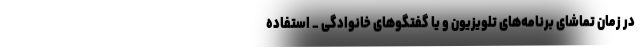
در زمان تماشای برنامه‌های تلویزیون و یا گفتگوهای خانوادگی _ استفاده